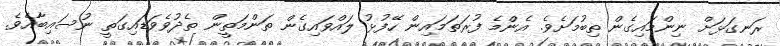
ރަނގަޅަށް ނިންމައިގެން ތިބުމަށެވެ. އެންމެ ފުރަތަމައިން ހޭފުޅު ލައްވައިގެން ތަންމަތީން ތެދުވެވަޑައިގަތީ ނުސައިބާއެވެ.